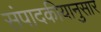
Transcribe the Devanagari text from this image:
संपादकीयानुसार